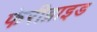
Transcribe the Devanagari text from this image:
फेरीब्राइड